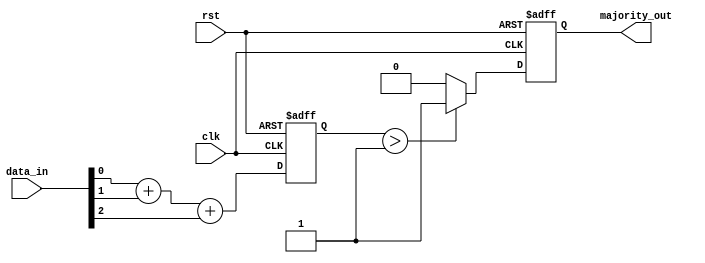
module MajorityVotingDetector (
    input wire [2:0] data_in,  // 3 input signals
    input wire clk,             // Clock signal
    input wire rst,             // Reset signal
    output reg majority_out     // Majority output
);

    // Internal signal to count the number of 1s
    reg [1:0] count; // 2 bits are enough to count up to 3

    // Always block for counting the number of 1s
    always @(posedge clk or posedge rst) begin
        if (rst) begin
            count <= 2'b00; // Reset count
            majority_out <= 1'b0; // Reset output
        end else begin
            // Count the number of 1s in data_in
            count <= (data_in[0] + data_in[1] + data_in[2]);
            // Determine majority output
            if (count > 1) begin
                majority_out <= 1'b1; // Majority is 1
            end else begin
                majority_out <= 1'b0; // Majority is 0
            end
        end
    end

endmodule